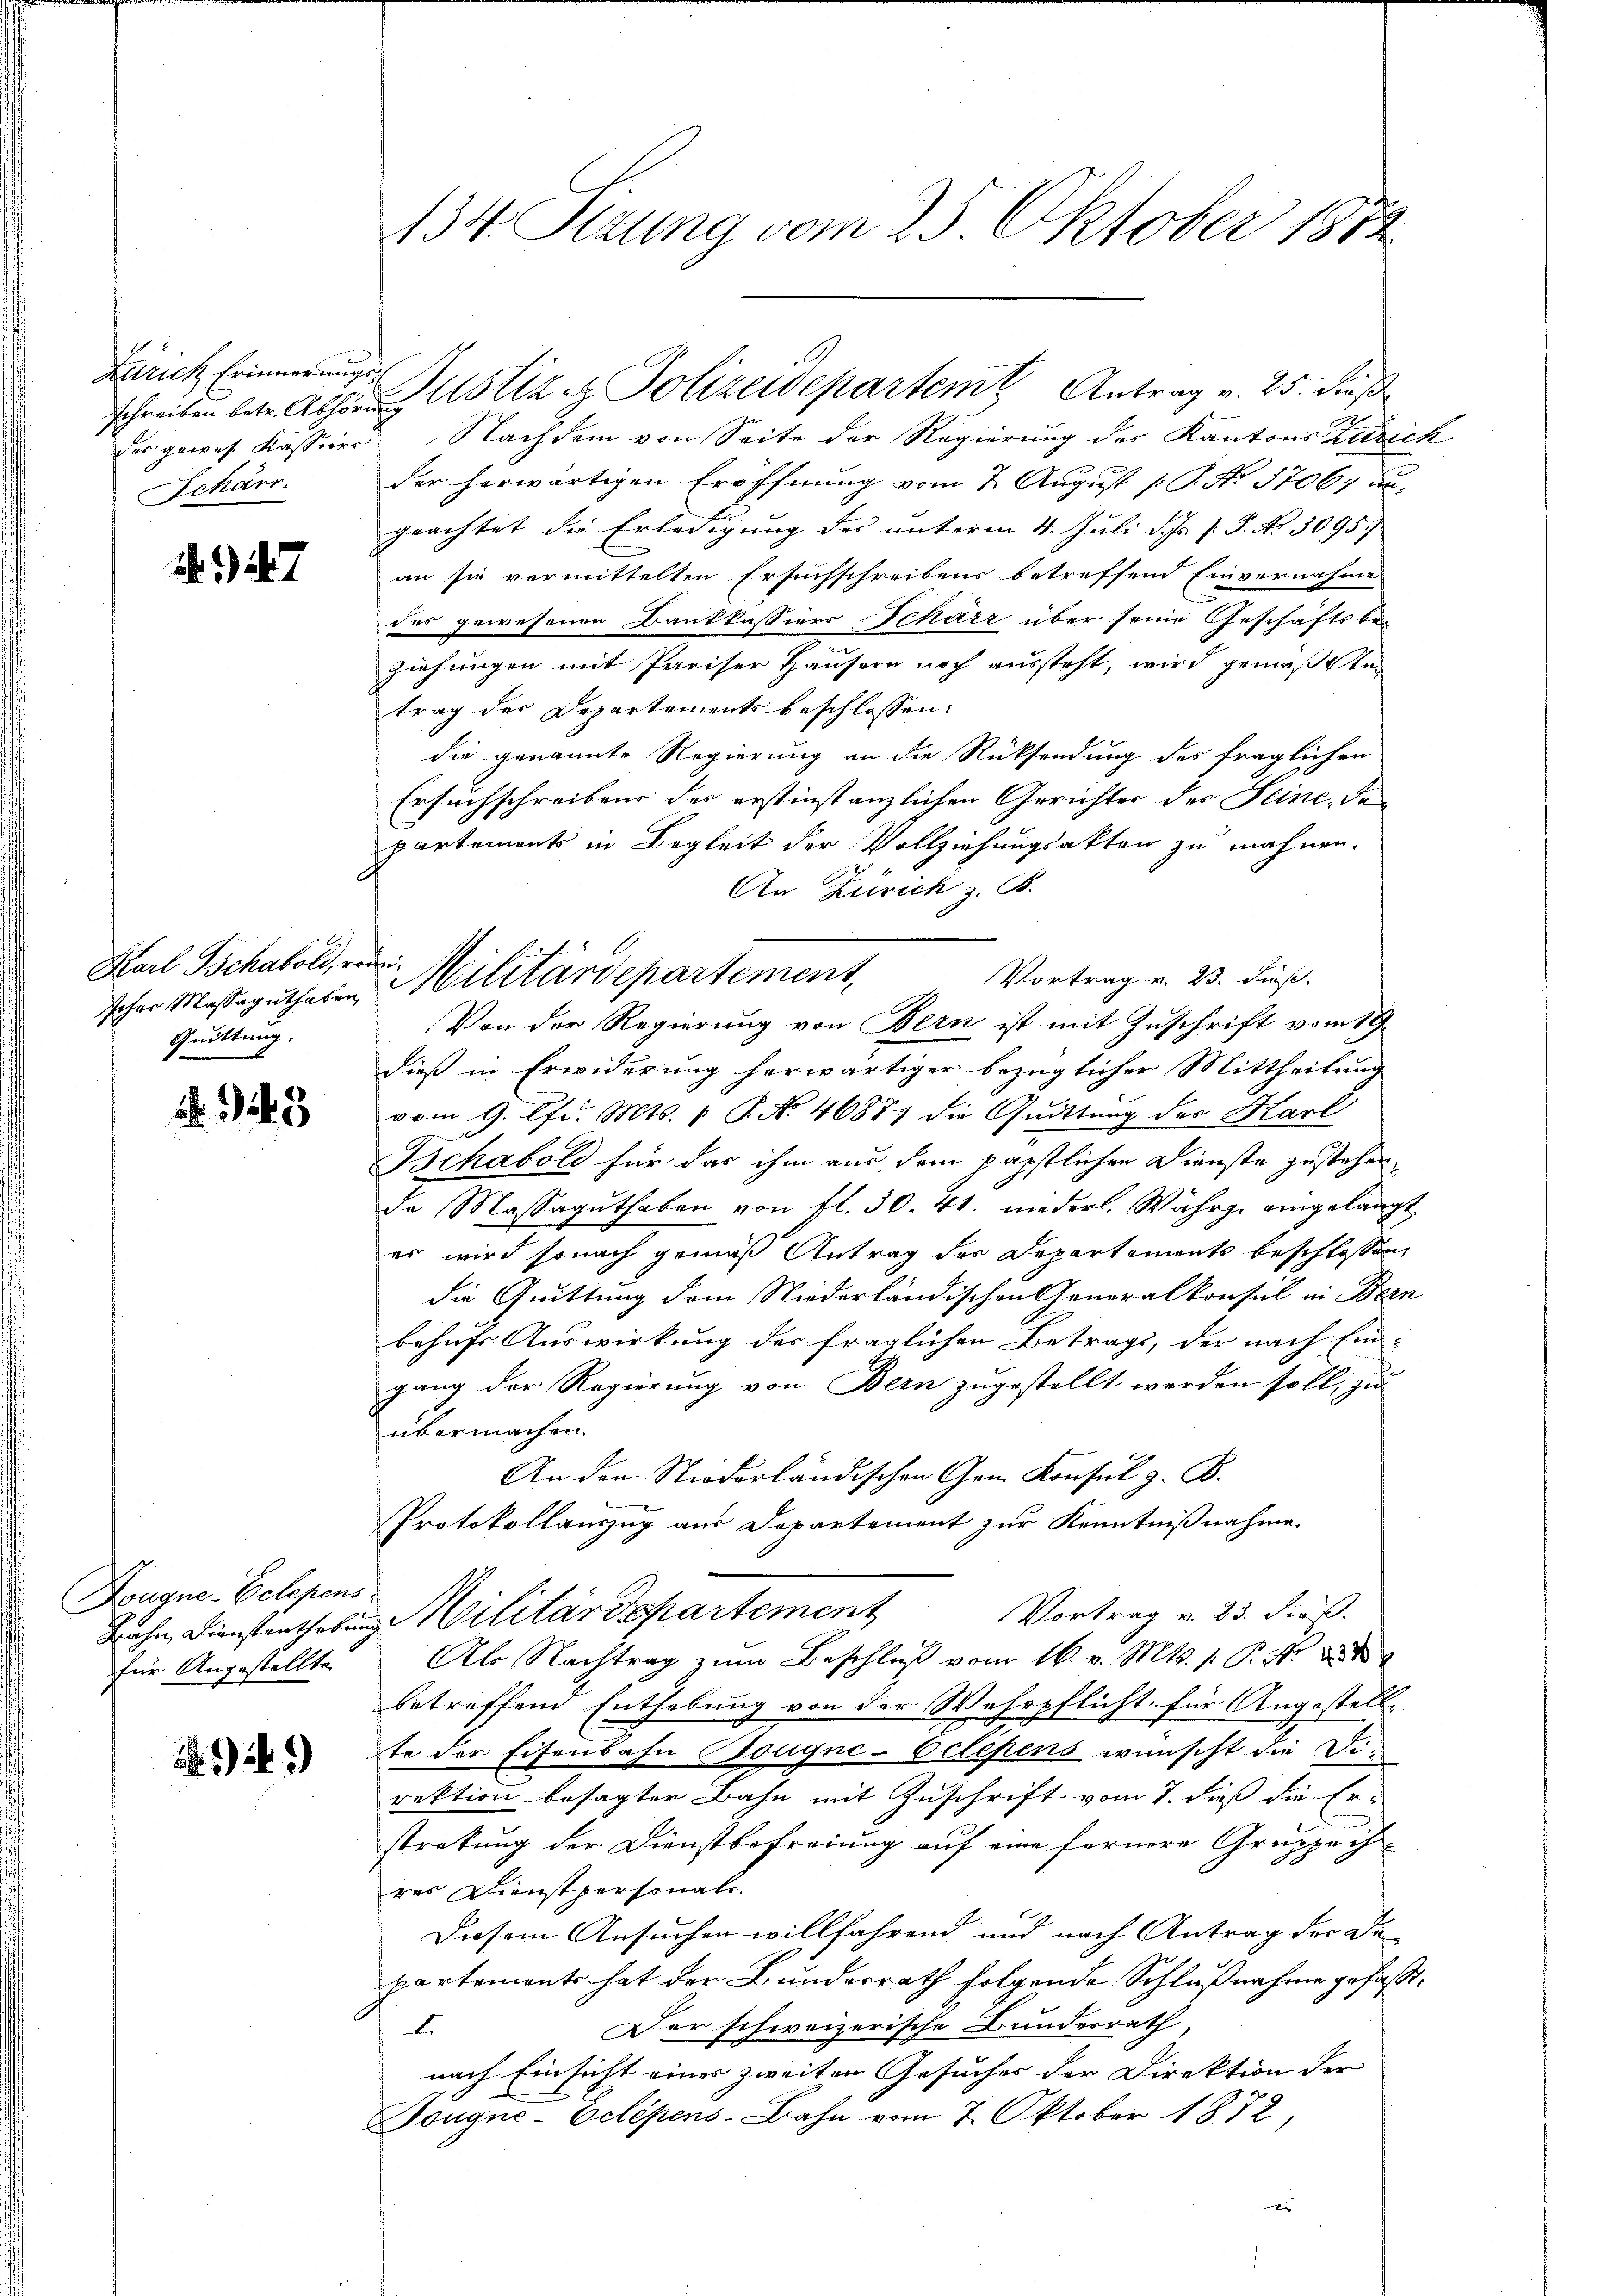
Zürich Erinnerungs
Schärr

147

Karl Schaboli, reini¬
Quittung.

245

Dougne-Eclepens
für Angestellte.

.1 2)

134. Sizung vom 23. Oktober 1872

der gewes Kasserer Nachdem von Seite der Regierung des Kantons Zürich
der herwärtigen Eröffnung vom 2. August [P. No. 3706; au
geachtet die Erledigung des unterm 4. Juli d. Js. f. P. No. 3095
an sie vermittelten Ersuchschreibens betreffend Einvernahme
des gewesenen Bankkassiers Scharz über seine Geschäftsbez
Ziehungen mit Pariser Häusern noch aussteht, wird gemäß stan
trag der Departements beschlossen:
die genannte Regierung an die Rücksendung des fraglichen
Ersuchschreibens der erstinstanzlichen Gerichtes des Seine, den
partements in Begleit der Vollziehungsakten zu mahnen.
Vortrag v. 23. dieß.
Von der Regierung von Bern ist mit Zuschrift vom 19.
dieß in Erwiderung herwärtiger bezüglicher Mittheilung
vom 9. Pfd. Mts. 1. P. Nr. 46877 die Quittung des Karl
Bchaboli für das ihm aus dem päpstlichen Dienste zustehen,
de Massaguthaben von fl. 30. 41. niederl. Währge eingelangt.
es wird sonach gemäß Antrag des Departements beschlossen
die Quittung dem Niederländischen Generalkonsul ein Bern
behufs Auswirkung des fraglichen Betrags, der nach Ein-
gang der Regierung von Bern zugestellt werden soll, zu
übermachen.
An den Niederländischen Gem. Konsul z. B.
Protokollauszug aus Departement zur Kenntnißnahme.
Vortrag v. 23. dieß.
Bahe Dienstanthebung Militärdepartement
Als Nachtrag zum Beschluß vom 16. v. Mts. 1. P. Nr. 18
betreffend Enthebung von der Wehrpflicht für Angestellte der Eisenbahn Bougne-Eclepens wünscht die Direktion besagter Bahn mit Zuschrift vom 7. dieß die Erstratung der Dienstbefreiung auf eine fernere Gruppe ih
res Dienstpersonate.
Diesem Ansuchen willfahrend und nach Antrag der De
partements hat der Bundesrath folgende Schlußnahme gefaßt,
Der schweizerische Bundesrath,
E
nach Einsicht eines zweiten Gesuches der Direktion der
Töngne-Eclépens-Bahn vom 7. Oktober 1872,

schreiben betr. Abhören Astiz & Polizeidepartem Antrag v. 25. dieß

An Zürich z. B.
scher Massaguthaten Militärdepartement,